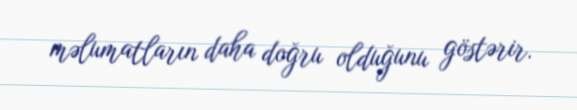
məlumatların daha doğru olduğunu göstərir.